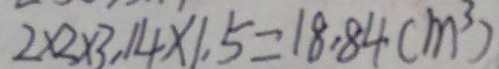
2 \times 2 \times 3 . 1 4 \times 1 . 5 = 1 8 . 8 4 ( m ^ { 3 } )